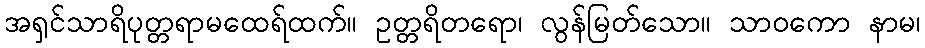
အရှင်သာရိပုတ္တရာမထေရ်ထက်။ ဥတ္တရိတရော၊ လွန်မြတ်သော။ သာဝကော နာမ၊